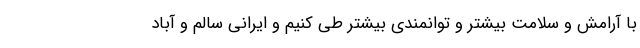
با آرامش و سلامت بیشتر و توانمندی بیشتر طی کنیم و ایرانی سالم و آباد